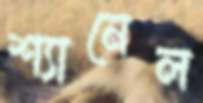
শ্যানেল